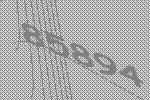
85894